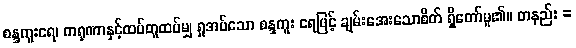
စန္ဒကူးရေ၊ ကရုဏာနှင့်ထပ်တူထပ်မျှ ရှုအပ်သော စန္ဒကူး ရေဖြင့် ချမ်းအေးသောစိတ် ရှိတော်မူ၏။ တနည်း =